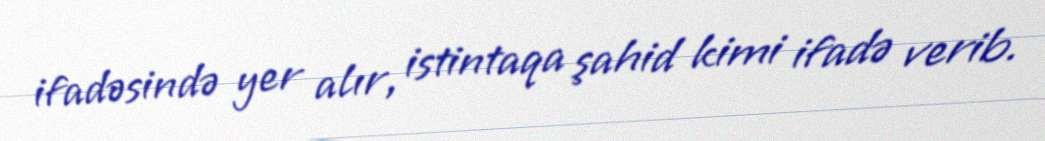
ifadəsində yer alır, istintaqa şahid kimi ifadə verib.